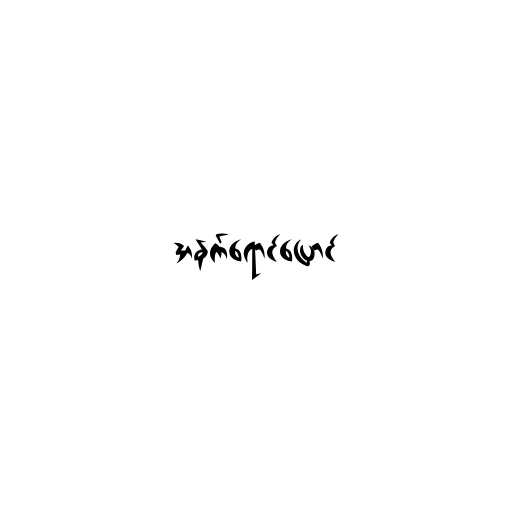
အနက်ရောင်ပြောင်